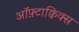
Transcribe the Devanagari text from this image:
ऑफ़्टाक्विक्स